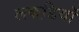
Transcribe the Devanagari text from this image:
लकडि़यों